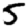
Digit: 5